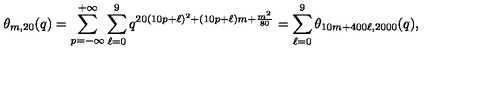
\theta _ { m , 2 0 } ( q ) = \sum _ { p = - \infty } ^ { + \infty } \sum _ { \ell = 0 } ^ { 9 } q ^ { 2 0 ( 1 0 p + \ell ) ^ { 2 } + ( 1 0 p + \ell ) m + \frac { m ^ { 2 } } { 8 0 } } = \sum _ { \ell = 0 } ^ { 9 } \theta _ { 1 0 m + 4 0 0 \ell , 2 0 0 0 } ( q ) ,